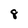
Character: 8